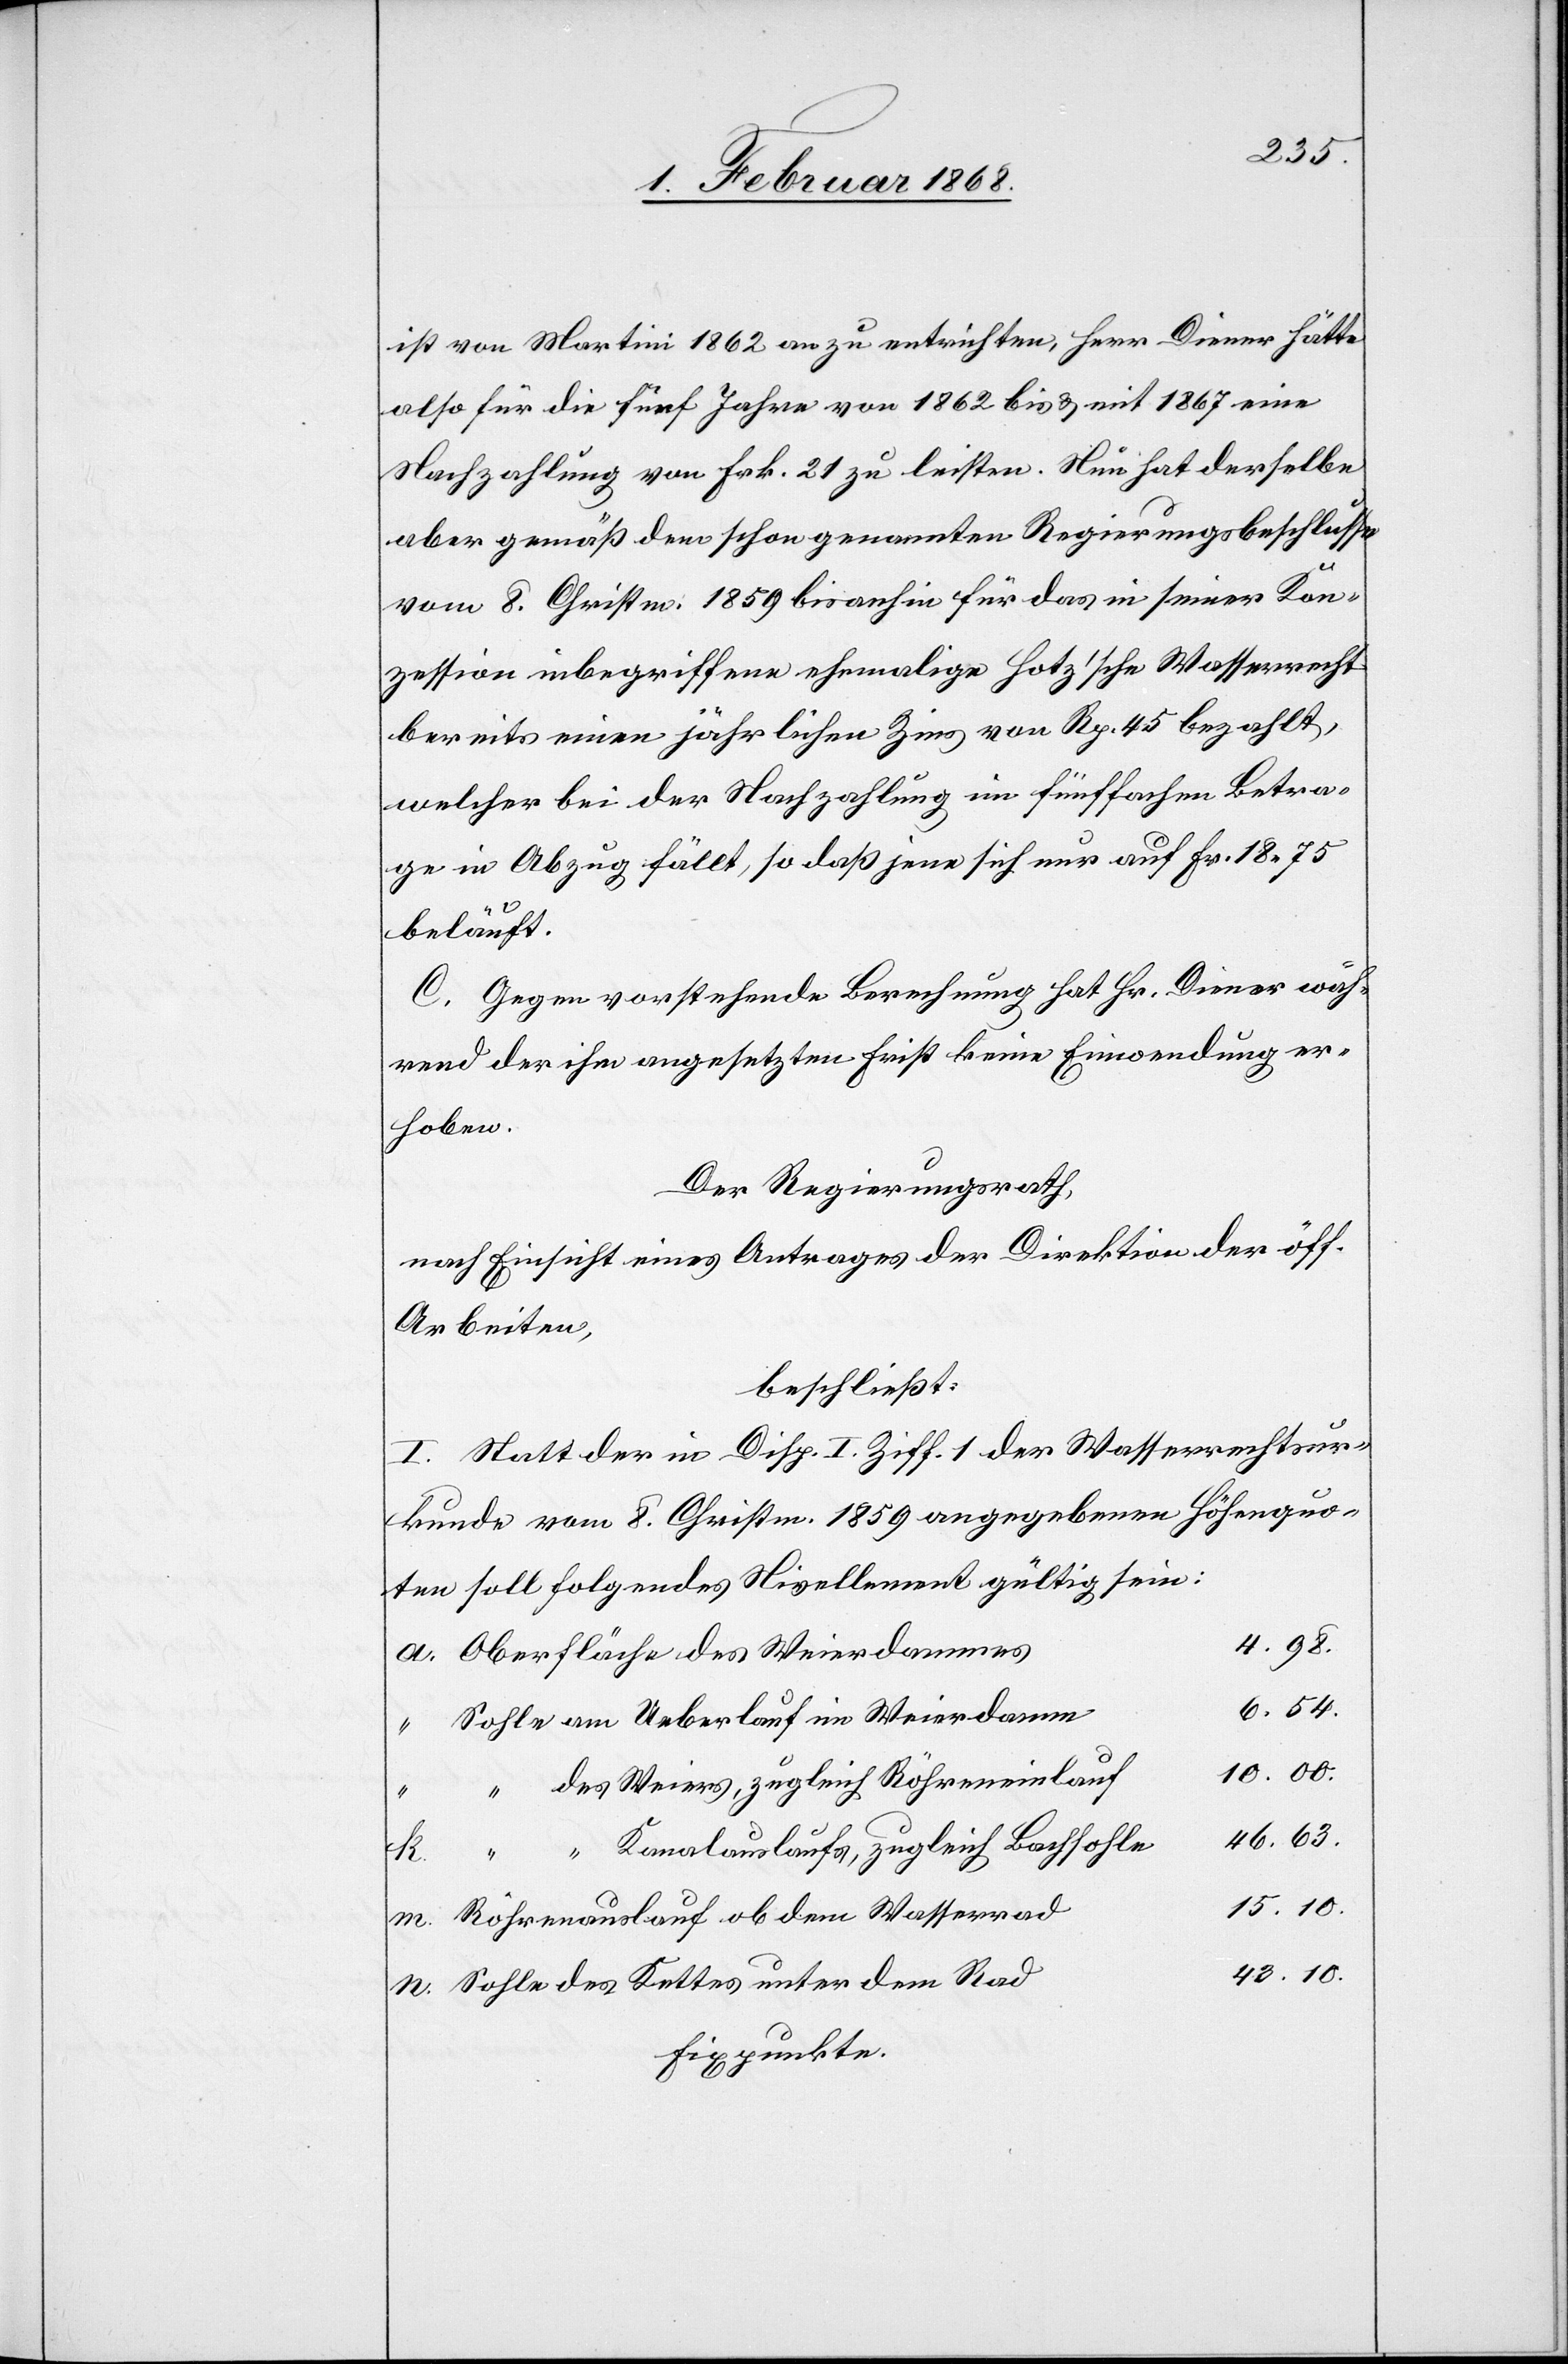
ist von Martini 1862 an zu entrichten, Herr Diener hätte
also für die fünf Jahre von 1862 bis & mit 1867 eine
Nachzahlung von Frk. 21 zu leisten. Nun hat derselbe
aber gemäß dem schon genannten Regierungsbeschlusse
vom 8. Christm. 1859 bisanhin für das in seiner Kon¬
zession inbegriffene ehemalige Hotz’sche Wasserrecht
bereits einen jährlichen Zins von Rp. 45 bezahlt,
welcher bei der Nachzahlung im fünffachen Betra¬
ge in Abzug fällt, so daß jene sich nur auf Fr. 18. 75
beläuft.
C. Gegen vorstehende Berechnung hat Hr. Diener wäh¬
rend der ihm angesetzten Frist keine Einwendung er¬
hoben.
Der Regierungsrath,
nach Einsicht eines Antrages der Direktion der öff.
Arbeiten,
beschließt:
I. Statt der in Disp. I. Ziff. 1 der Wasserrechtsur¬
kunde vom 8. Christm. 1859 angegebenen Höhenquo¬
ten soll folgendes Nivellement gültig sein:
4. 98.
Oberfläche des Weierdammes
6. 54.
Sohle am Ueberlauf im Weierdamm
10. 00.
des Weiers, zugleich Röhreneinlauf
46. 63.
“ “ Kanalauslaufs, zugleich Bachsohle
15. 10.
Röhrenauslauf ob dem Wasserrad
43. 10.
Sohle des Kettes unter dem Rad
Fixpunkte.